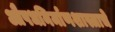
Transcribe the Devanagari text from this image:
औषधनिर्माणशास्त्राचे